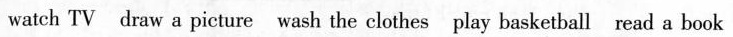
watch TV draw a picture wash the clothes play basketball read a book